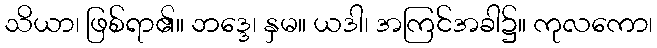
သိယာ၊ ဖြစ်ရာ၏။ ဘဒ္ဒေ၊ နှမ။ ယဒါ၊ အကြင်အခါ၌။ ကုလကော၊